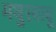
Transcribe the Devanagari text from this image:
मथुरबाबू